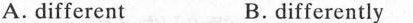
A. different B.differently